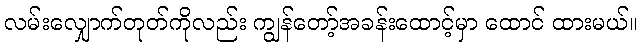
လမ်းလျှောက်တုတ်ကိုလည်း ကျွန်တော့်အခန်းထောင့်မှာ ထောင် ထားမယ်။